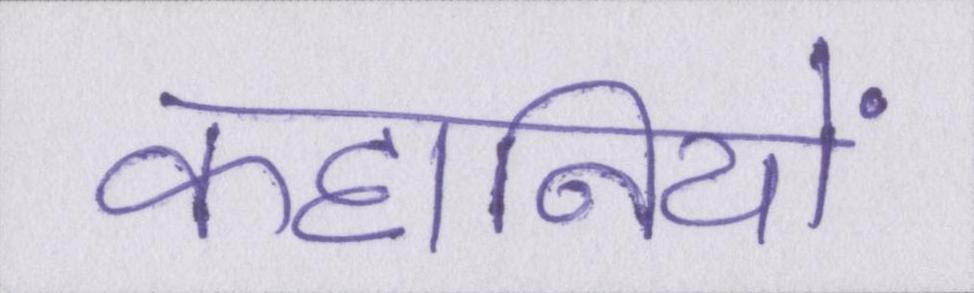
कहानियों